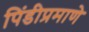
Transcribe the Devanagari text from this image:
पिंडीप्रमाणे